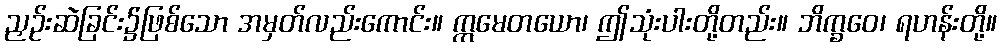
ညှဉ်းဆဲခြင်း၌ဖြစ်သော အမှတ်လည်းကောင်း။ ဣမေတယော၊ ဤသုံးပါးတို့တည်း။ ဘိက္ခဝေ၊ ရဟန်းတို့။